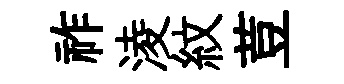
祚淩紋荳